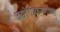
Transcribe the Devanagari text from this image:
उद्योगीकरणाच्या